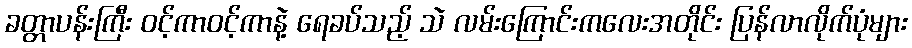
ခတ္တာပန်းကြီး ဝင့်ကာဝင့်ကာနဲ့ ရေခပ်သည့် သဲ လမ်းကြောင်းကလေးအတိုင်း ပြန်လာလိုက်ပုံများ